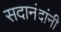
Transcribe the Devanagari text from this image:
सदानंदांनी